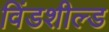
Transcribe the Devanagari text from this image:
विंडशील्‍ड